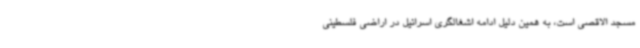
مسجد الاقصی است، به همین دلیل ادامه اشغالگری اسرائیل در اراضی فلسطینی